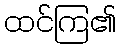
ထင်ကြ၏